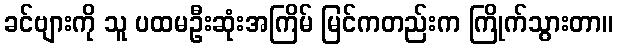
ခင်ဗျားကို သူ ပထမဦးဆုံးအကြိမ် မြင်ကတည်းက ကြိုက်သွားတာ။